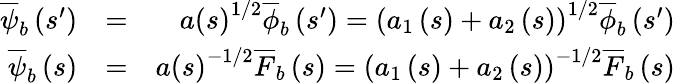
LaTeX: \begin{array}{rlr}{\overline{{\psi}}_{b}\left(s^{\prime}\right)}&{=}&{a\left(s\right)^{1/2}\overline{{\phi}}_{b}\left(s^{\prime}\right)=\left(a_{1}\left(s\right)+a_{2}\left(s\right)\right)^{1/2}\overline{{\phi}}_{b}\left(s^{\prime}\right)}\\ {\overline{{\psi}}_{b}\left(s\right)}&{=}&{a\left(s\right)^{-1/2}\overline{{F}}_{b}\left(s\right)=\left(a_{1}\left(s\right)+a_{2}\left(s\right)\right)^{-1/2}\overline{{F}}_{b}\left(s\right)}\end{array}